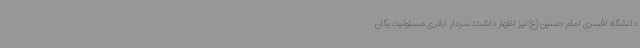
دانشگاه افسری امام حسین (ع) نیز اظهار داشت: سردار اباذری مسئولیت یگان